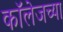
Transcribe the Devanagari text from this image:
काॅलेजच्या